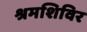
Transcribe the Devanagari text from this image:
श्रमशिविर